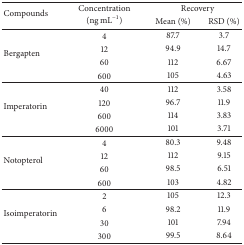
| <ROWSPAN=2> Compounds | <ROWSPAN=2> Concentration (ng mL−1) | <COLSPAN=2> Recovery |
 | Mean (%) | RSD (%) |
 | --- | --- | --- | --- |
 | <ROWSPAN=4> Bergapten | 4 | 87.7 | 3.7 |
 | 12 | 94.9 | 14.7 |
 | 60 | 112 | 6.67 |
 | 600 | 105 | 4.63 |
 | <ROWSPAN=4> Imperatorin | 40 | 112 | 3.58 |
 | 120 | 96.7 | 11.9 |
 | 600 | 114 | 3.83 |
 | 6000 | 101 | 3.71 |
 | <ROWSPAN=4> Notopterol | 4 | 80.3 | 9.48 |
 | 12 | 112 | 9.15 |
 | 60 | 98.5 | 6.51 |
 | 600 | 103 | 4.82 |
 | <ROWSPAN=4> Isoimperatorin | 2 | 105 | 12.3 |
 | 6 | 98.2 | 11.9 |
 | 30 | 101 | 7.94 |
 | 300 | 99.5 | 8.64 |